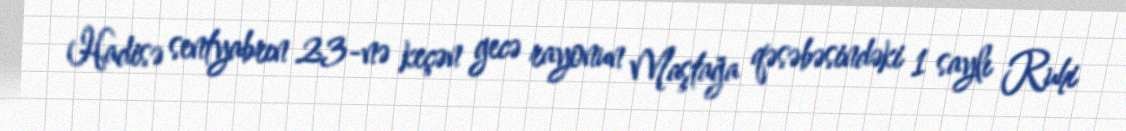
Hadisə sentyabrın 23-nə keçən gecə rayonun Maştağa qəsəbəsindəki 1 saylı Ruhi